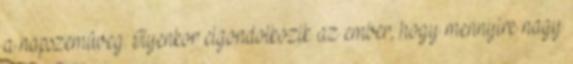
a napszemüveg. Ilyenkor elgondolkozik az ember, hogy mennyire nagy